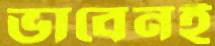
ভাবেনই